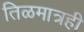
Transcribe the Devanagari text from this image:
तिळमात्रही